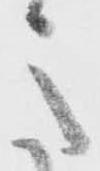
意